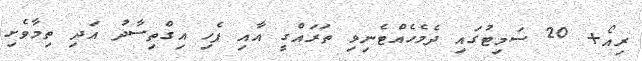
ރިއޯ+ 20 ސަމިޓުގައި ދެމެހެއްޓެނިވި ތަރައްގީ އާއި ފެހި އިގްތިސާދު އަދި ތިމާވެށި